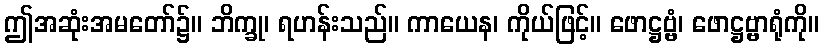
ဤအဆုံးအမတော်၌။ ဘိက္ခု၊ ရဟန်းသည်။ ကာယေန၊ ကိုယ်ဖြင့်။ ဖောဋ္ဌဗ္ဗံ၊ ဖောဋ္ဌဗ္ဗာရုံကို။